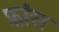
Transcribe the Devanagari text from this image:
फ़ांस